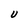
Character: U